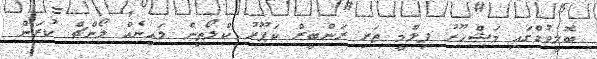
ބޮލީވުޑްގައި މަޝްހޫރު ފިލްމީ ތަރި ރަންބީރް ކަޕޫރު ކްލޯތިން ލައިނެއް ލޯންޗް ކުރަން